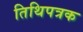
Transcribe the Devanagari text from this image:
तिथिपत्रक